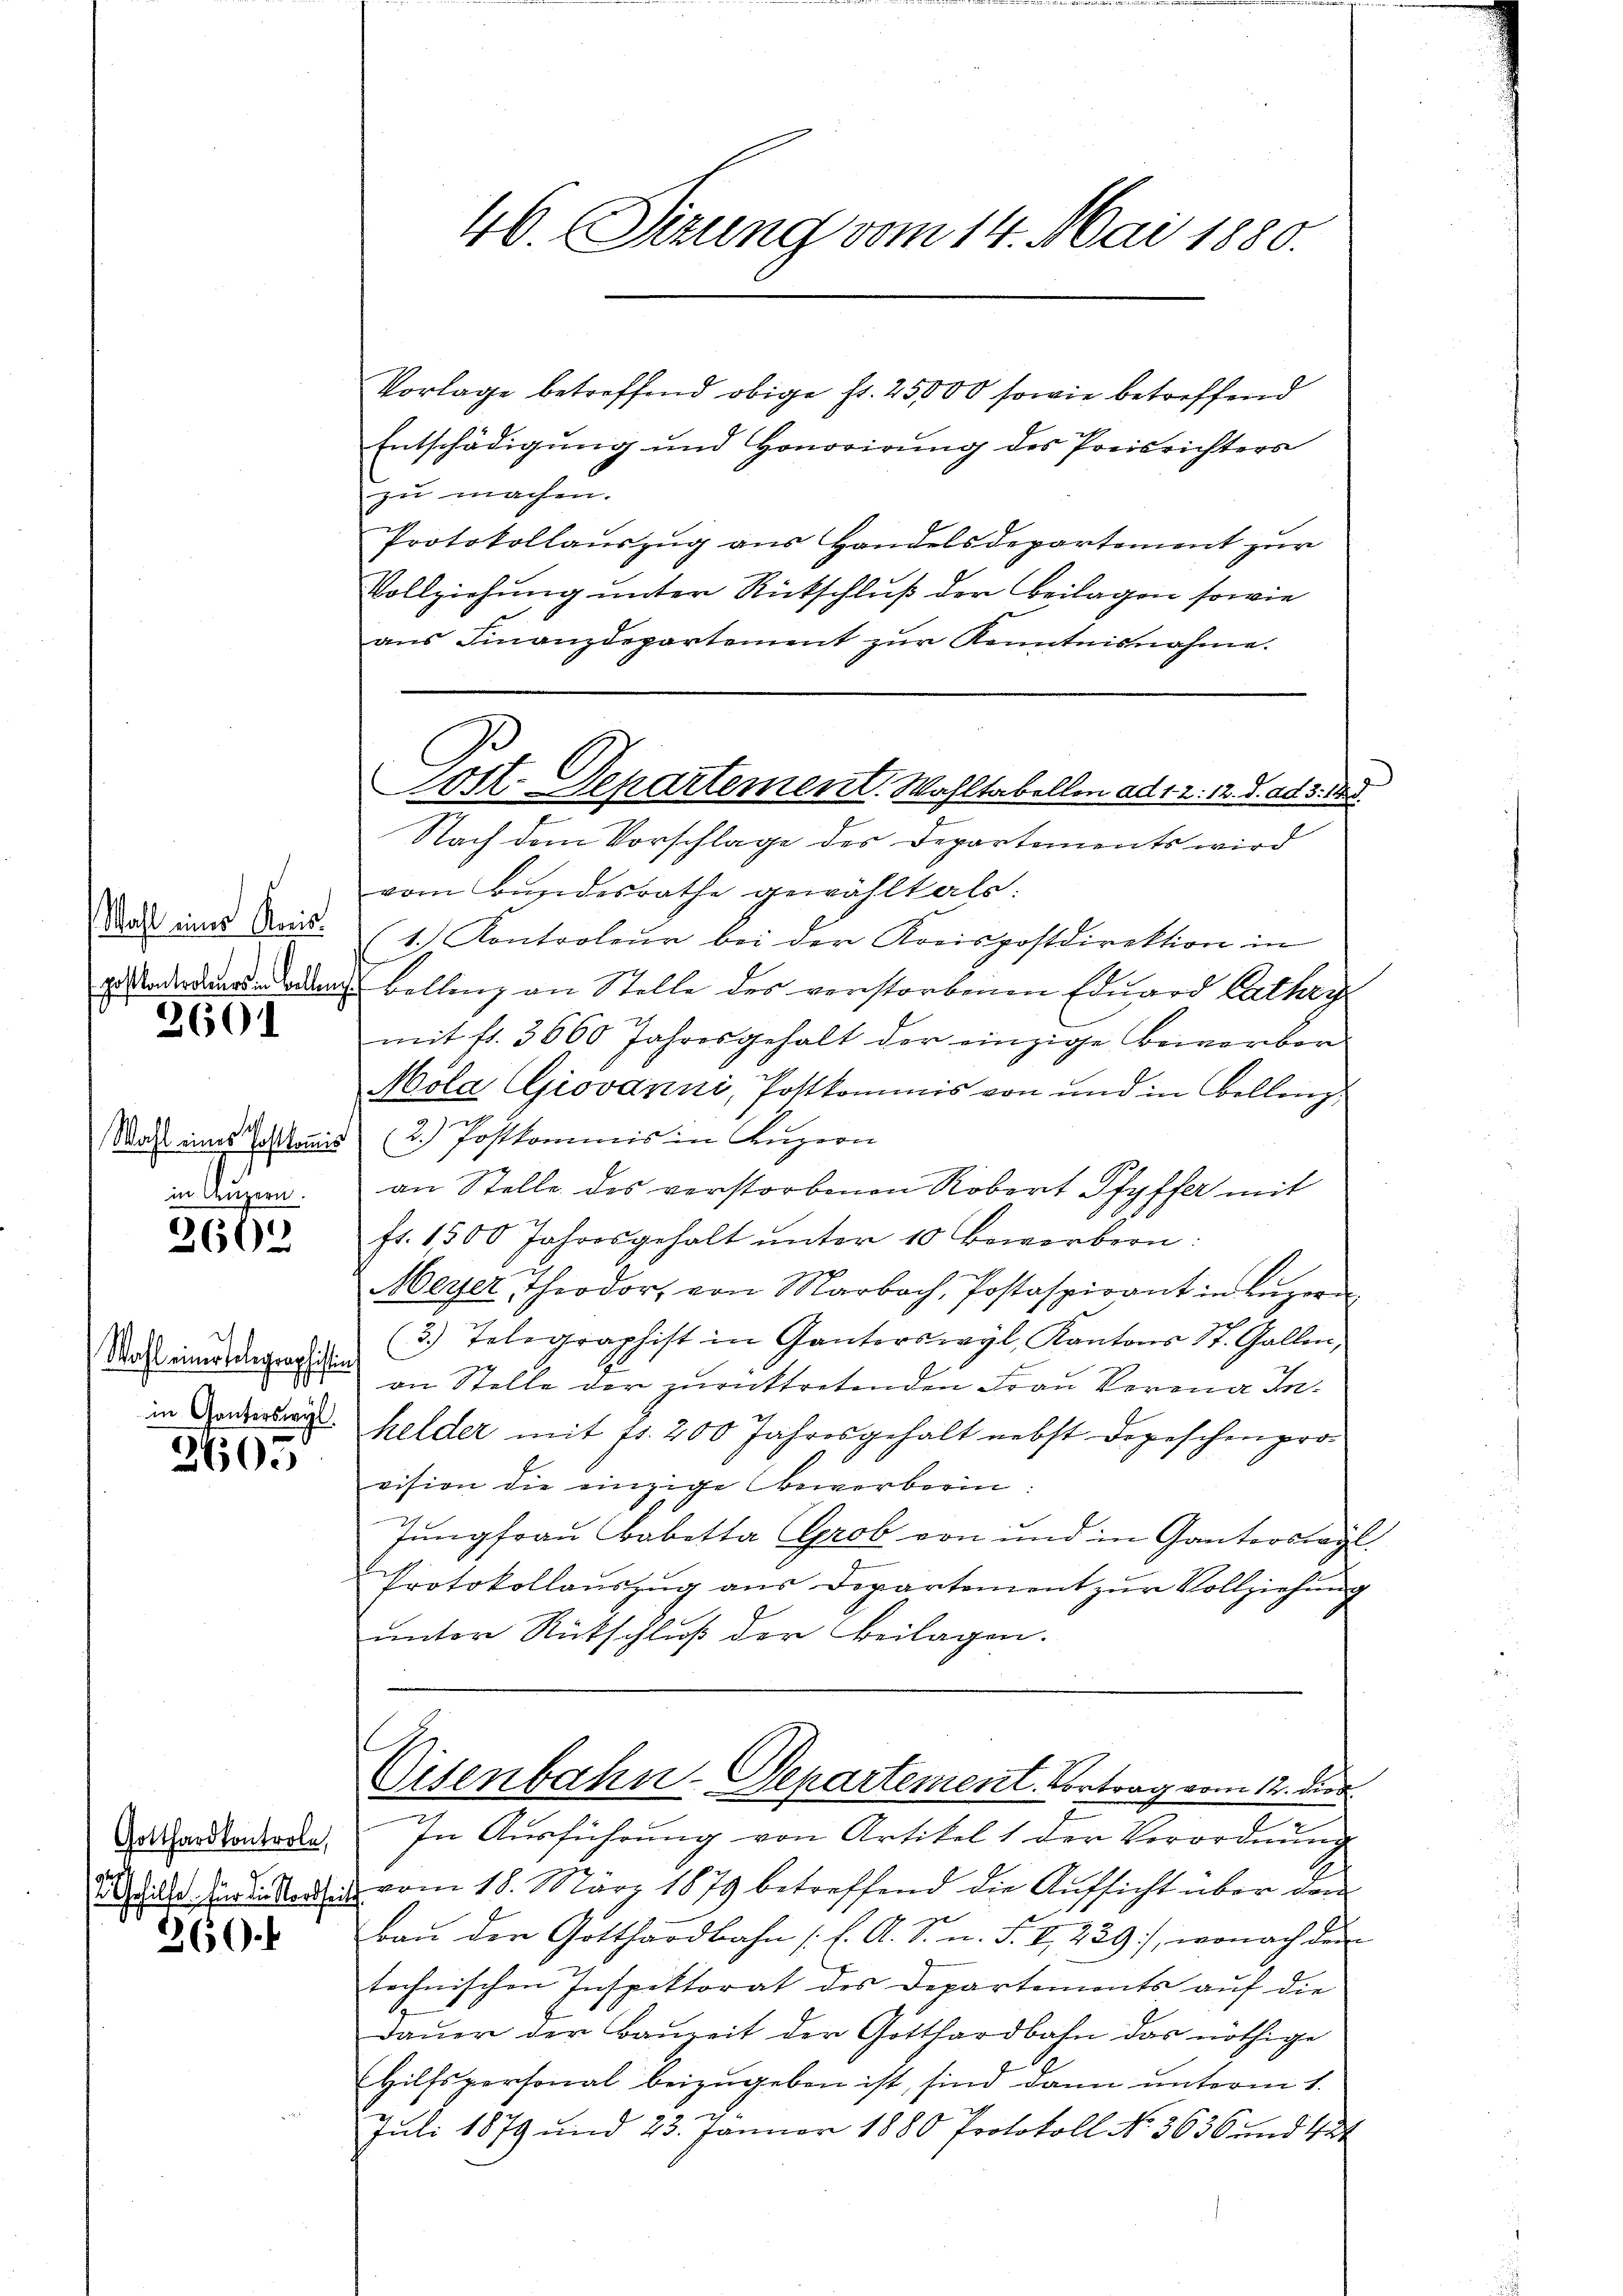
Wohl einer Keis
2601

Wahl eines Postkommis
in Luzern.

2662

Wahl einer telegraphistin
in Ganterswyl

2605

Gotthardkontrole,
 Gehilfe für die Nordseit

260.

46. Sizung vom 14. Mai 1880.

Vorlage betreffend obige st. 25000 sowie betreffend
Entschädigung und Honorirung des Preisrichters
zu machen.
Protokollauszug aus Handelsdepartement zur
Vollziehung unter Rückschluß der Beilagen sowie
ans Finanzdepartement zŭr Kenntnisnahme.

Nach dem Vorschlage des Departements wird
vom Bundesrathe gewählt als:
(1. Kontroleur bei der Kreispostdirektion in
eraderdungs- oder Bellenz an Stelle des verstorbenen Eduard Cathey
mit 11. 3660 Jahresgehalt der einzige Bewerben
Mola (Giovanni, Postkommis von und in Belling
.
(2.) Postkommis in Angern
an Stelle des verstorbenen Robert Pfyffer mit
fr. 1500 Jahresgehalt ŭnter 10 Bewerbern:
Meyer Theodor von Marbach, Postaspirant in Zŭger
g
(3.) Telegraphist in Ganterswyl, Kantons 11. Gallen,
an Stelle der zurücktretenden Frau Vorona Inhelder mit fr. 200 Jahresgehalt nebst Depeschenprovision die einzige Bewerberin:
Jungfrau Babetta (Grob von und in Gantonsregl
Protokollauszug aus Departement zur Vollziehung
unter Rückschluß der Beilagen.
Eisenbahn-Departement. Vortrag vom 12. die
In Ausführung von Artikel 1 der Verordnung
vom 18. März 1879 betreffend die Aufsicht über dem
bau den Gotthardbahn (s. A. S. n. F. I 229), wonach den
technischen Inspektorat des Departements auf die
Daŭer der Bauzeit der Gotthardbahn das nöthige
Hilfspersonal beizugeben ist, sind dann unterm 1.
Juli 1879 und 23. Jänner 1880 Protokoll No 3636 und tut

Post-Departement. Wahltabellen ad 12. 12. d. ad 3. d.